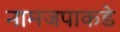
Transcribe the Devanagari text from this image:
नामजपाकडे